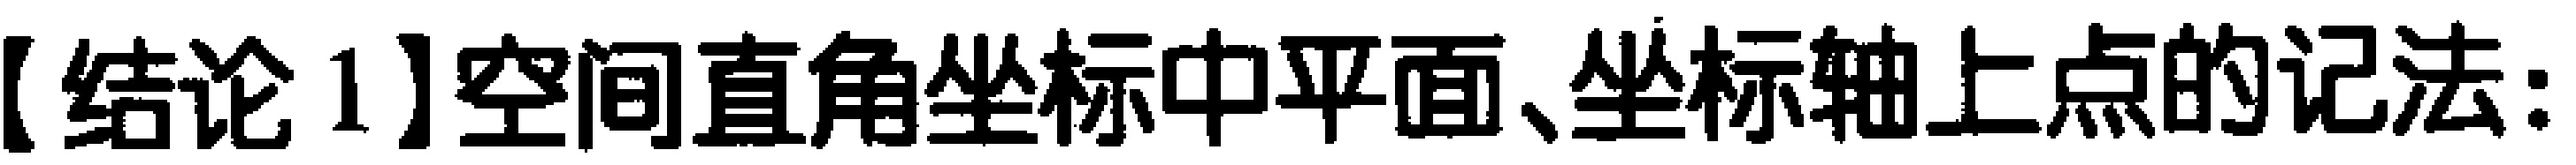
【结论1】空间直角坐标中平面、坐标轴上点的记法: